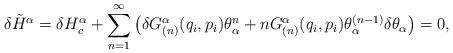
LaTeX: \begin{align*}\delta \tilde H^\alpha = \delta H_c^\alpha + \sum_{n=1}^\infty \left(\delta G_{(n)}^\alpha(q_i,p_i)\theta^n_\alpha + n G_{(n)}^\alpha(q_i,p_i)\theta^{(n-1)}_\alpha\delta\theta_\alpha\right) = 0,\end{align*}